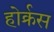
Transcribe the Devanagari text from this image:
होर्क्रस